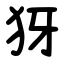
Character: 犽